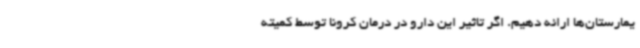
یمارستان‌ها ارائه دهیم. اگر تاثیر این دارو در درمان کرونا توسط کمیته